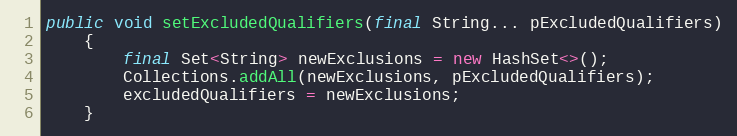
Language: Java
public void setExcludedQualifiers(final String... pExcludedQualifiers)
    {
        final Set<String> newExclusions = new HashSet<>();
        Collections.addAll(newExclusions, pExcludedQualifiers);
        excludedQualifiers = newExclusions;
    }